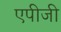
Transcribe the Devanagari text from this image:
एपीजी